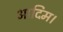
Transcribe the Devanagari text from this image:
आदिम।